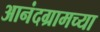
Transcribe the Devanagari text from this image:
आनंदग्रामच्या